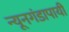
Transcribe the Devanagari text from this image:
न्यूनगंडापायी